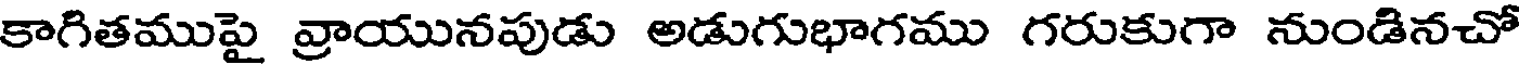
కాగితముపై వ్రాయునపుడు అడుగుభాగము గరుకుగా నుండినచో